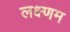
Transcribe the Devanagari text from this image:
लक्ष्णम